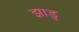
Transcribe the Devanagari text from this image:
झाडु